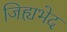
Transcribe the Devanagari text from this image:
जिह्यभेद